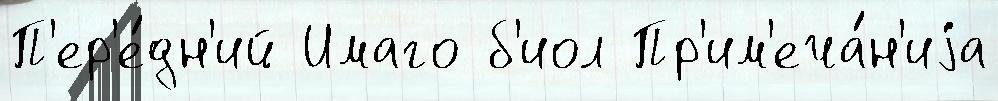
П'ер'е́дн'ий Имаго б'иол Пр'им'еча́н'иjа